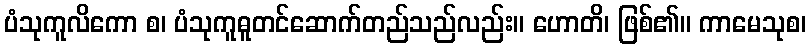
ပံသုကူလိကော စ၊ ပံသုကူဓူတင်ဆောက်တည်သည်လည်း။ ဟောတိ၊ ဖြစ်၏။ ကာမေသုစ၊